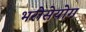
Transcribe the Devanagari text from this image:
भरोसेयोग